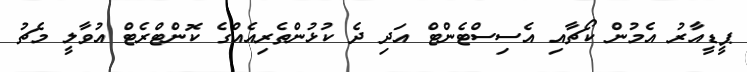
ޕީޑީއާރު އެމުން ކޯޗާއި އެސިސްޓެންޓް އަދި ދެ ކުޅުންތެރިއެއްގެ ކޮންޓްރެޓް އުވާލީ މެޗު